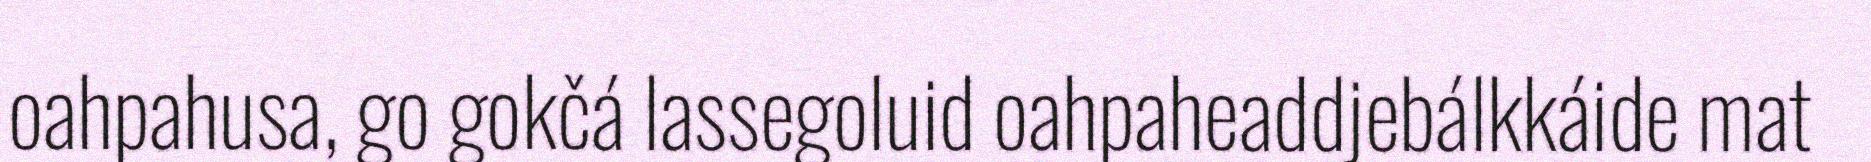
oahpahusa, go gokčá lassegoluid oahpaheaddjebálkkáide mat